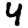
Digit: 4